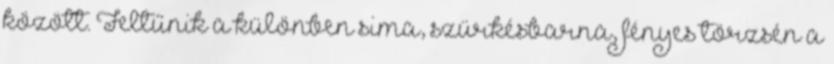
között. Feltűnik a különben sima, szürkésbarna, fényes törzsén a